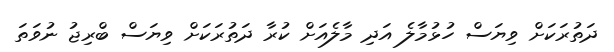
ދަތުރަކަށް ވިޔަސް ހުޅުމާލެ އަދި މާލެއަށް ކުރާ ދަތުރަކަށް ވިޔަސް ބްރިޖު ނުވަތަ